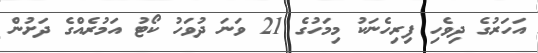
އަހަރުގެ ދިވެހި ފިރިހެނަކު މިމަހުގެ 21 ވަނަ ދުވަހު ކޯޓު އަމުރެއްގެ ދަށުން